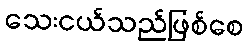
သေးငယ်သည်ဖြစ်စေ